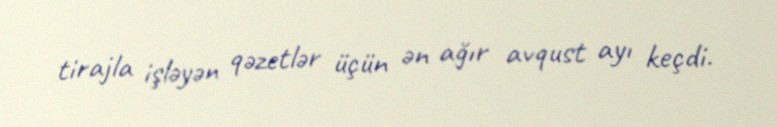
tirajla işləyən qəzetlər üçün ən ağır avqust ayı keçdi.